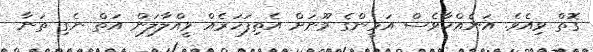
ގޮތް ވިއެވެ. އަނެއްކާވެސް އަމީންގެ މޫނަށް އެތިފަހަރެއް ވީއްލާލަން އަތް ނެގި ތަނާ